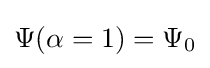
{\textstyle \Psi (\alpha =1)=\Psi _{0}}